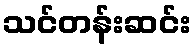
သင်တန်းဆင်း